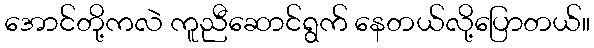
အောင်တို့ကလဲ ကူညီဆောင်ရွက် နေတယ်လို့ပြောတယ်။